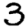
Digit: 3